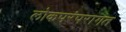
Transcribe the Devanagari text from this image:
लोकपरंपरागत